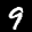
Label: 9